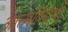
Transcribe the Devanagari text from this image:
आत्मविरोधी